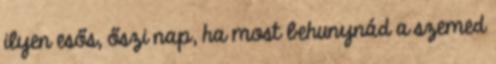
ilyen esős, őszi nap, ha most behunynád a szemed